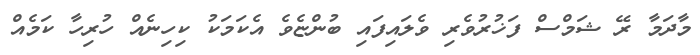
މާދަމާ ރޭ ޝަމްސް ފަޚުރުވެރި ވެލައިފައި ބުންޏެވެ އެކަމަކު ކިހިނެއް ހުރިހާ ކަމެއް